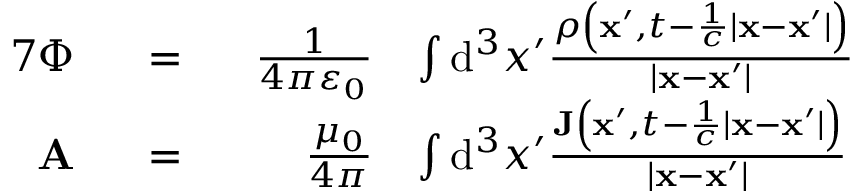
\begin{array} { r l r l } { { 7 } \Phi } & { ~ ~ = ~ ~ } & { \frac { 1 } { 4 \pi \varepsilon _ { 0 } } } & { \int \mathrm { d } ^ { 3 } x ^ { \prime } \frac { \rho \left( \mathbf { x ^ { \prime } } , t - \frac { 1 } { c } | \mathbf { x } - \mathbf { x ^ { \prime } } | \right) } { | \mathbf { x } - \mathbf { x ^ { \prime } } | } } \\ { \mathbf { A } } & { ~ ~ = ~ ~ } & { \frac { \mu _ { 0 } } { 4 \pi } } & { \int \mathrm { d } ^ { 3 } x ^ { \prime } \frac { \mathbf { J } \left( \mathbf { x ^ { \prime } } , t - \frac { 1 } { c } | \mathbf { x } - \mathbf { x ^ { \prime } } | \right) } { \left| \mathbf { x } - \mathbf { x ^ { \prime } } \right| } } \end{array}